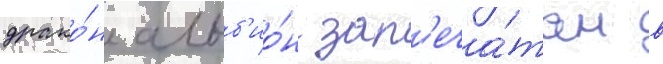
драко́н альб'ио́н зап'еча́тан в